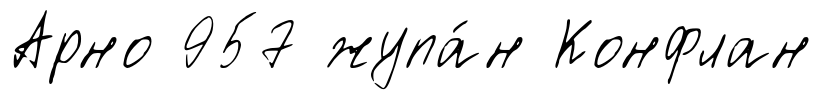
Арно 957 жупа́н Конфлан